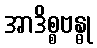
အာဒိစ္စဗန္ဓု